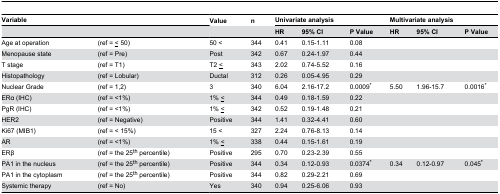
<table><thead><tr><td colspan="2"><b>Variable</b></td><td><b>Value</b></td><td><b>n</b></td><td colspan="3"><b>Univariate analysis</b></td><td colspan="3"><b>Multivariate analysis</b></td></tr><tr><td colspan="2"></td><td></td><td></td><td><b>HR</b></td><td><b>95% CI</b></td><td><b>P Value</b></td><td><b>HR</b></td><td><b>95% CI</b></td><td><b>P Value</b></td></tr></thead><tbody><tr><td>Age at operation</td><td>(ref = <underline>&lt;</underline> 50)</td><td>50 &lt;</td><td>344</td><td>0.41</td><td>0.15-1.11</td><td>0.08</td><td></td><td></td><td></td></tr><tr><td>Menopause state</td><td>(ref = Pre)</td><td>Post</td><td>342</td><td>0.67</td><td>0.24-1.97</td><td>0.44</td><td></td><td></td><td></td></tr><tr><td>T stage</td><td>(ref = T1)</td><td>T2 <underline>&lt;</underline></td><td>343</td><td>2.02</td><td>0.74-5.52</td><td>0.16</td><td></td><td></td><td></td></tr><tr><td>Histopathology</td><td>(ref = Lobular)</td><td>Ductal</td><td>312</td><td>0.26</td><td>0.05-4.95</td><td>0.29</td><td></td><td></td><td></td></tr><tr><td>Nuclear Grade</td><td>(ref = 1,2)</td><td>3</td><td>340</td><td>6.04</td><td>2.16-17.2</td><td>0.0009*</td><td>5.50</td><td>1.96-15.7</td><td>0.0016*</td></tr><tr><td>ERα (IHC)</td><td>(ref = &lt;1%)</td><td>1% <underline>&lt;</underline></td><td>344</td><td>0.49</td><td>0.18-1.59</td><td>0.22</td><td></td><td></td><td></td></tr><tr><td>PgR (IHC)</td><td>(ref = &lt;1%)</td><td>1% <underline>&lt;</underline></td><td>342</td><td>0.52</td><td>0.19-1.48</td><td>0.21</td><td></td><td></td><td></td></tr><tr><td>HER2</td><td>(ref = Negative)</td><td>Positive</td><td>344</td><td>1.41</td><td>0.32-4.41</td><td>0.60</td><td></td><td></td><td></td></tr><tr><td>Ki67 (MIB1)</td><td>(ref = &lt; 15%)</td><td>15 &lt;</td><td>327</td><td>2.24</td><td>0.76-8.13</td><td>0.14</td><td></td><td></td><td></td></tr><tr><td>AR</td><td>(ref = &lt;1%)</td><td>1% <underline>&lt;</underline></td><td>338</td><td>0.44</td><td>0.15-1.61</td><td>0.19</td><td></td><td></td><td></td></tr><tr><td>ERβ</td><td>(ref = the 25<sup>th</sup> percentile)</td><td>Positive</td><td>295</td><td>0.70</td><td>0.23-2.39</td><td>0.55</td><td></td><td></td><td></td></tr><tr><td>PA1 in the nucleus</td><td>(ref = the 25<sup>th</sup> percentile)</td><td>Positive</td><td>344</td><td>0.34</td><td>0.12-0.93</td><td>0.0374*</td><td>0.34</td><td>0.12-0.97</td><td>0.045*</td></tr><tr><td>PA1 in the cytoplasm</td><td>(ref = the 25<sup>th</sup> percentile)</td><td>Positive</td><td>344</td><td>0.82</td><td>0.29-2.21</td><td>0.69</td><td></td><td></td><td></td></tr><tr><td>Systemic therapy</td><td>(ref = No)</td><td>Yes</td><td>340</td><td>0.94</td><td>0.25-6.06</td><td>0.93</td><td></td><td></td><td></td></tr></tbody></table>